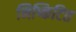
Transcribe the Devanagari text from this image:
निष्किटित